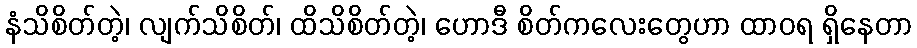
နံသိစိတ်တဲ့၊ လျက်သိစိတ်၊ ထိသိစိတ်တဲ့၊ ဟောဒီ စိတ်ကလေးတွေဟာ ထာဝရ ရှိနေတာ